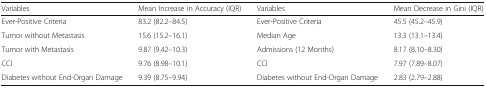
<table><thead><tr><td><b>Variables</b></td><td><b>Mean Increase in Accuracy (IQR)</b></td><td><b>Variables</b></td><td><b>Mean Decrease in Gini (IQR)</b></td></tr></thead><tbody><tr><td>Ever-Positive Criteria</td><td>83.2 (82.2–84.5)</td><td>Ever-Positive Criteria</td><td>45.5 (45.2–45.9)</td></tr><tr><td>Tumor without Metastasis</td><td>15.6 (15.2–16.1)</td><td>Median Age</td><td>13.3 (13.1–13.4)</td></tr><tr><td>Tumor with Metastasis</td><td>9.87 (9.42–10.3)</td><td>Admissions (12 Months)</td><td>8.17 (8.10–8.30)</td></tr><tr><td>CCI</td><td>9.76 (8.98–10.1)</td><td>CCI</td><td>7.97 (7.89–8.07)</td></tr><tr><td>Diabetes without End-Organ Damage</td><td>9.39 (8.75–9.94)</td><td>Diabetes without End-Organ Damage</td><td>2.83 (2.79–2.88)</td></tr></tbody></table>